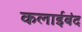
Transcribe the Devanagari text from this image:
कलाईबंद